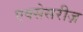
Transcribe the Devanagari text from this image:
एक्सेसरीज़